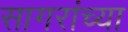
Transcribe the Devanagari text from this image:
सागरांच्या